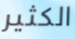
الكثير